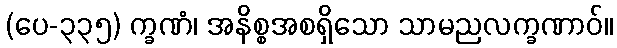
(ပေ-၃၃၅) က္ခဏံ၊ အနိစ္စအစရှိသော သာမညလက္ခဏာဝ်။